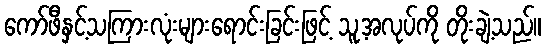
ကော်ဖီနှင့်သကြားလုံးများရောင်းခြင်းဖြင့် သူ့အလုပ်ကို တိုးချဲ့သည်။